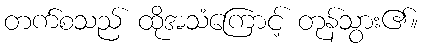
တက်စသည် ထိုအသံကြောင့် တုန်သွား၏။